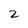
Character: 2